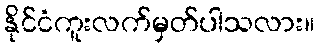
နိုင်ငံကူးလက်မှတ်ပါသလား။